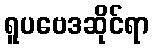
ရူပဗေဒဆိုင်ရာ